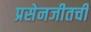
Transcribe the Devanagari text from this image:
प्रसेनजीतची